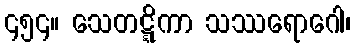
၄၅၄။ သေတဋ္ဋိကာ သဿရောဂေါ၊